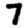
Digit: 7